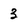
Character: 3